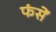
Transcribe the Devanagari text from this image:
फंसें